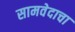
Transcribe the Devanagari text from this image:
सामवेदाचा